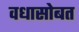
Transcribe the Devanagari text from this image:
वधासोबत